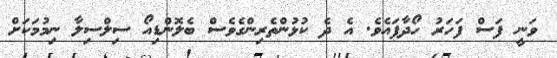
ވަނީ ފަސް ފަހަރު ހޯދާފައެވެ. އެ ދެ ކުޅުންތެރިންގެވެސް ބެލޮންޑިއޯ ސިލްސިލާ ނިމުމަކަށް